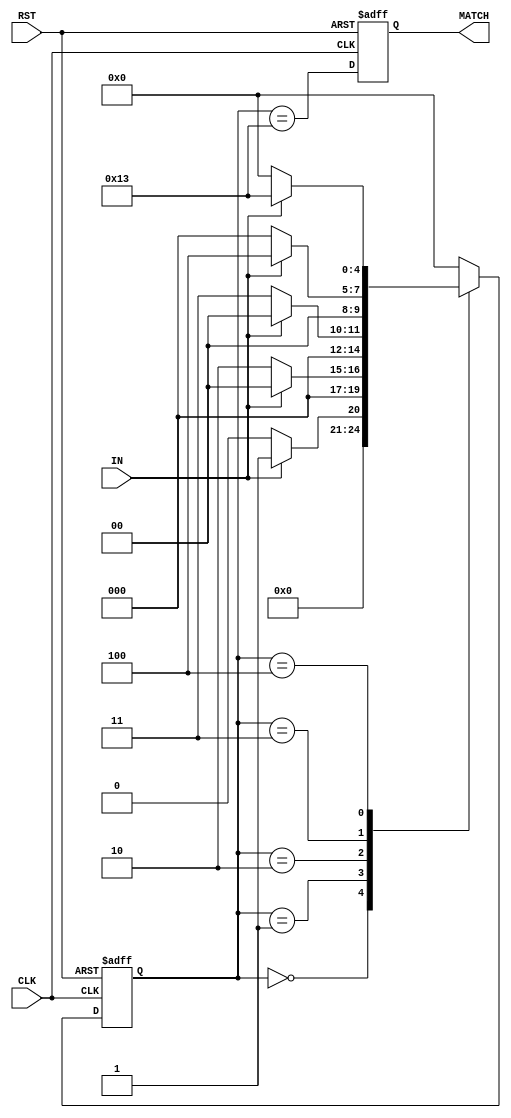
module fsm (
  input IN,
  input CLK,
  input RST,
  output reg MATCH
);
  reg [4:0] state;
  reg [4:0] next_state;
  
  always @(posedge CLK or posedge RST) begin
    if (RST) begin
      state <= 5'b00000;
      MATCH <= 1'b0;
    end
    else begin
      state <= next_state;
      MATCH <= (state == 5'b10011);
    end
  end
  
  always @(IN) begin
    case (state)
      5'b00000: next_state = (IN == 1'b1) ? 5'b00001 : 5'b00000;
      5'b00001: next_state = (IN == 1'b0) ? 5'b00010 : 5'b00000;
      5'b00010: next_state = (IN == 1'b0) ? 5'b00011 : 5'b00000;
      5'b00011: next_state = (IN == 1'b1) ? 5'b00100 : 5'b00000;
      5'b00100: next_state = (IN == 1'b1) ? 5'b10011 : 5'b00000;
      default: next_state = 5'b00000;
    endcase
  end
endmodule